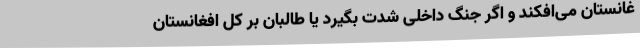
غانستان می‌افکند و اگر جنگ داخلی شدت بگیرد یا طالبان بر کل افغانستان